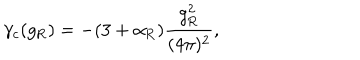
\gamma _ { c } ( g _ { \mathrm { R } } ) = - ( 3 + \alpha _ { \mathrm { R } } ) \frac { g _ { \mathrm { R } } ^ { 2 } } { ( 4 \pi ) ^ { 2 } } ,